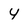
Character: y